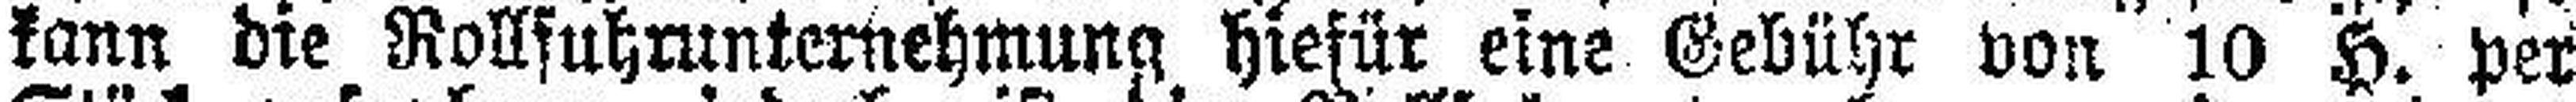
kann die Rollfuhrunternehmung hiefür eine Gebühr von 10 H. per